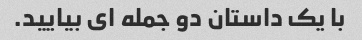
با یک داستان دو جمله ای بیایید.